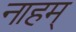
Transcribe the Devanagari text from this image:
नाहम्